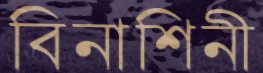
বিনাশিনী